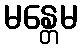
မန္တေမ